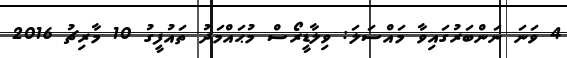
4 ވަނަ ނަންބަރުގައިވާ މައްސަލަ: ވިލާޑީރޯސް މުޙައްމަދު ތައުފީގު 10 މާރިޗު 2016